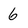
Character: 6